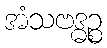
အံသဗဒ္ဓဉ္စ